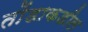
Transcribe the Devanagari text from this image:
तोंडाकडील